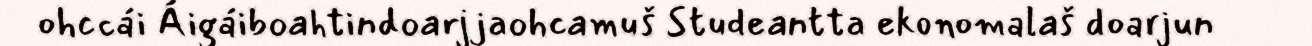
ohccái Áigáiboahtindoarjjaohcamuš Studeantta ekonomalaš doarjun